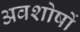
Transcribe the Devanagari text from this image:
अवशोषों